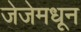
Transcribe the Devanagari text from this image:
जेजेमधून